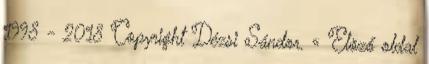
1998 - 2018 Copyright Dézsi Sándor. « Elöző oldal